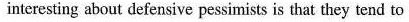
interesting about defensive pessimists is that they tend to